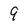
Character: 9